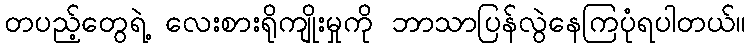
တပည့်တွေရဲ့ လေးစားရိုကျိုးမှုကို ဘာသာပြန်လွဲနေကြပုံရပါတယ်။